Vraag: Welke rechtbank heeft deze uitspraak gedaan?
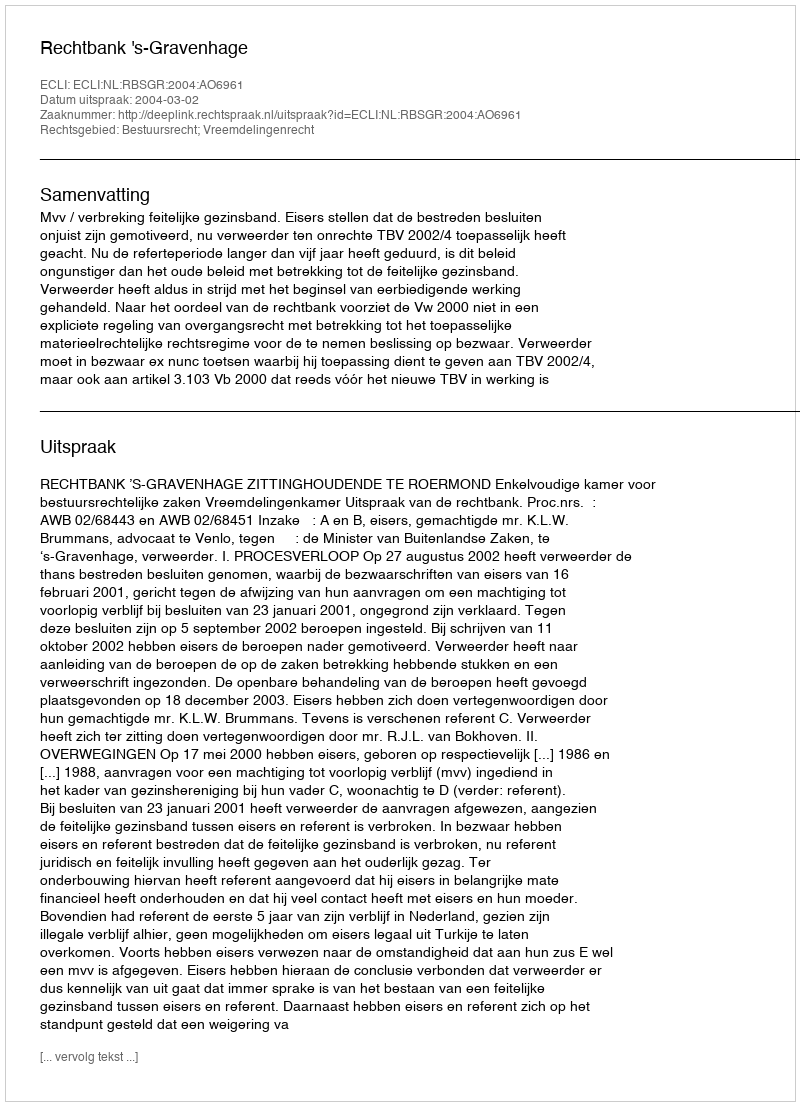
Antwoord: Rechtbank 's-Gravenhage